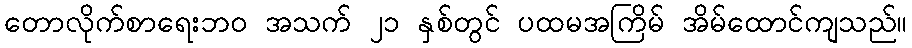
တောလိုက်စာရေးဘဝ အသက် ၂၁ နှစ်တွင် ပထမအကြိမ် အိမ်ထောင်ကျသည်။